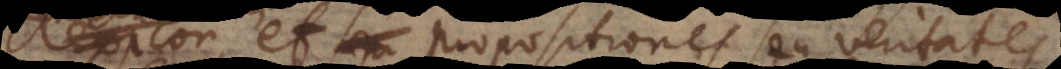
lexicon,, et propositiones seu verit